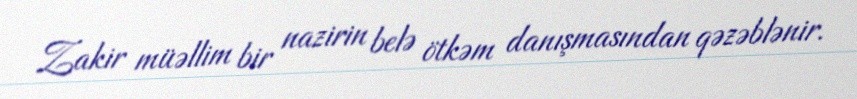
Zakir müəllim bir nazirin belə ötkəm danışmasından qəzəblənir.